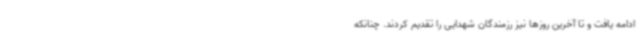
ادامه یافت و تا آخرین روزها نیز رزمندگان شهدایی را تقدیم کردند. چنانکه